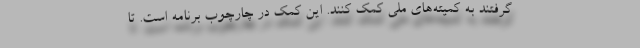
گرفتند به کمیته‌های ملی کمک کنند. این کمک در چارچوب برنامه است. تا